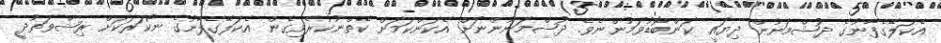
އެކަލޭގެފާނުގެ ދުޝްމަނުން ދިޔައީ ކަންބޮޑުވަމުންނެވެ. ދުޝްމަނުންނަށް އެކަންކަމަށް ކެތްނުކުރެވިގެން އެކަލޭގެފާނުގެ ނޯކަރަކަށް ރިޝްވަތުދީ